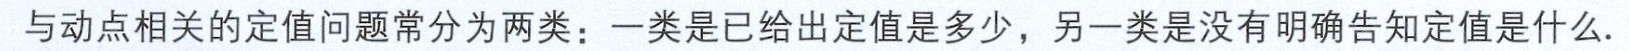
与动点相关的定值问题常分为两类：一类是已给出定值是多少，另一类是没有明确告知定值是什么.